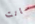
سانت